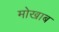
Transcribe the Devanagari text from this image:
मोखाब